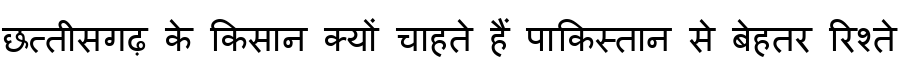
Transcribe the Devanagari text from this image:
छत्तीसगढ़ के किसान क्यों चाहते हैं पाकिस्तान से बेहतर रिश्ते